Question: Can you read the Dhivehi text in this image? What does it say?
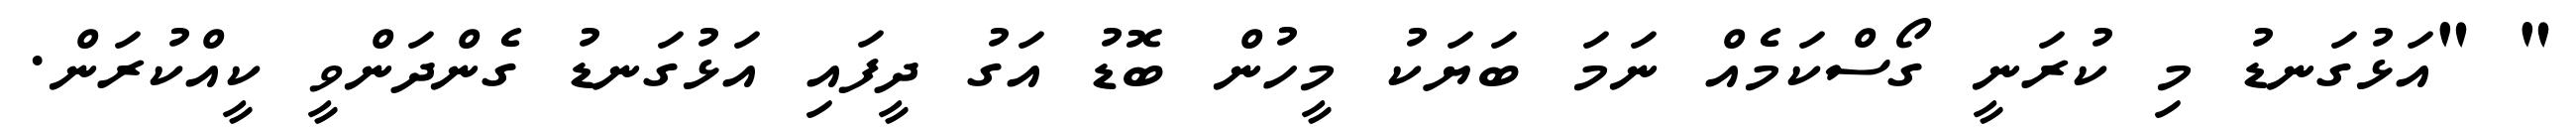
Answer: " "އަޅުގަނޑު މި ކުރަނީ ގޯސްކަމެއް ނަމަ ބަޔަކު މީހުން ބޮޑު އަގު ދީފައި އަޅުގަނޑު ގެންދަންވީ ކީއްކުރަން.